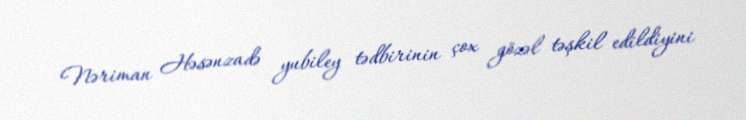
Nəriman Həsənzadə yubiley tədbirinin çox gözəl təşkil edildiyini